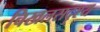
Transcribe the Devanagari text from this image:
चिखलसदृश्य